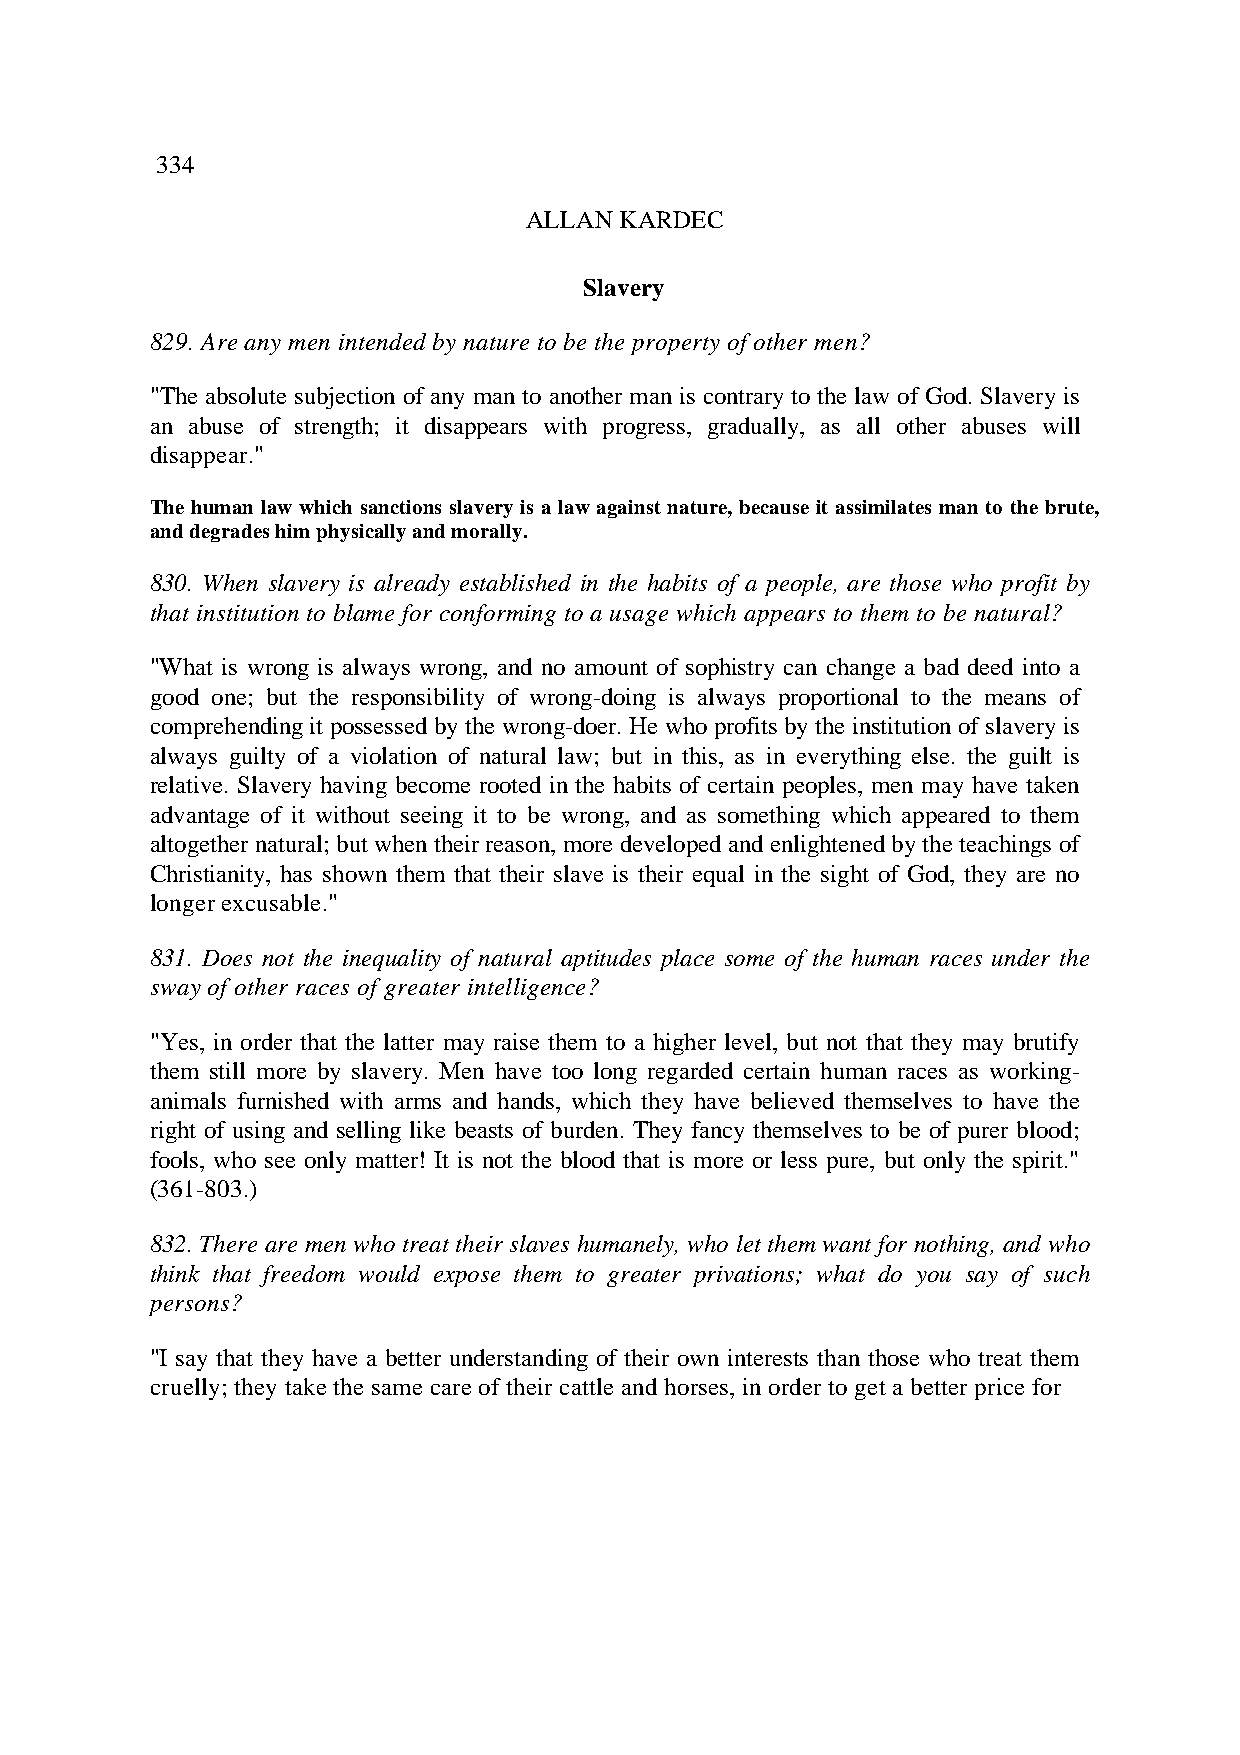
334
 ALLAN KARDEC
 Slavery
 829. Are any men intended by nature to be the property of other men?
 "The absolute subjection of any man to another man is contrary to the law of God. Slavery is
 an abuse of strength; it disappears with progress, gradually, as all other abuses will
 disappear."
 The human law which sanctions slavery is a law against nature, because it assimilates man to the brute,
 and degrades him physically and morally.
 830. When slavery is already established in the habits of a people, are those who profit by
 that institution to blame for conforming to a usage which appears to them to be natural?
 "What is wrong is always wrong, and no amount of sophistry can change a bad deed into a
 good one; but the responsibility of wrong-doing is always proportional to the means of
 comprehending it possessed by the wrong-doer. He who profits by the institution of slavery is
 always guilty of a violation of natural law; but in this, as in everything else. the guilt is
 relative. Slavery having become rooted in the habits of certain peoples, men may have taken
 advantage of it without seeing it to be wrong, and as something which appeared to them
 altogether natural; but when their reason, more developed and enlightened by the teachings of
 Christianity, has shown them that their slave is their equal in the sight of God, they are no
 longer excusable."
 831. Does not the inequality of natural aptitudes place some of the human races under the
 sway of other races of greater intelligence?
 "Yes, in order that the latter may raise them to a higher level, but not that they may brutify
 them still more by slavery. Men have too long regarded certain human races as working-
 animals furnished with arms and hands, which they have believed themselves to have the
 right of using and selling like beasts of burden. They fancy themselves to be of purer blood;
 fools, who see only matter! It is not the blood that is more or less pure, but only the spirit."
 (361-803.)
 832. There are men who treat their slaves humanely, who let them want for nothing, and who
 think that freedom would expose them to greater privations; what do you say of such
 persons?
 "I say that they have a better understanding of their own interests than those who treat them
 cruelly; they take the same care of their cattle and horses, in order to get a better price for